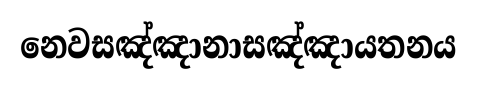
නෙවසඤ්ඤානාසඤ්ඤායතනය